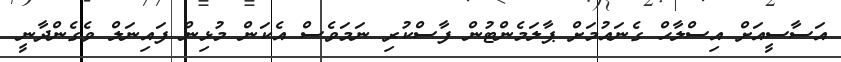
އަސާސީއަށް އިސްލާހް ގެނައުމަށް ޕާލަމެންޓުން ފާސްކުރި ނަމަވެސް އެކަން މުޅިން ފައިނަލް ވެގެންދާނީ